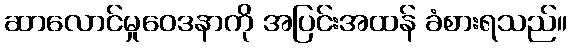
ဆာလောင်မှုဝေဒနာကို အပြင်းအထန် ခံစားရသည်။